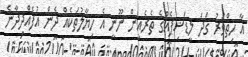
އާ ހިތްވަރު ގަދަ ލީޑަޝިޕެއްގެ ތެރެއިން ނޫނީ އެ ހިޔާލުތަކެއް ދެން އުފެއްދިދާނެ